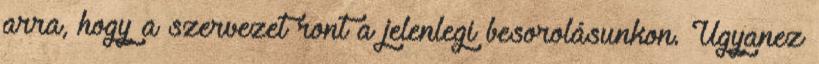
arra, hogy a szervezet ront a jelenlegi besorolásunkon. Ugyanez